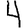
Digit: 4